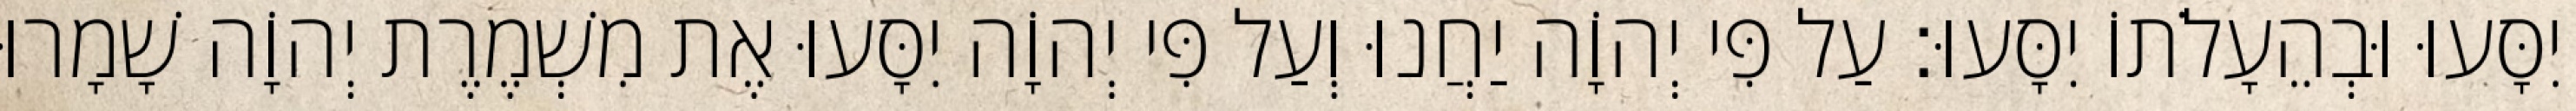
יִסָּעוּ וּבְהֵעָלֹתוֹ יִסָּעוּ׃ עַל פִּי יְהוָֹה יַחֲנוּ וְעַל פִּי יְהוָֹה יִסָּעוּ אֶת מִשְׁמֶרֶת יְהוָֹה שָׁמָרוּ